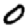
Digit: 0